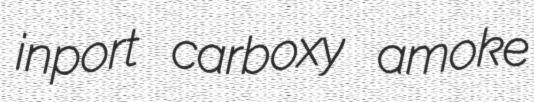
inport carboxy amoke